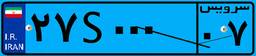
۲۷S۰۰۰۰۷